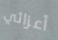
أعزائي